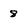
Character: 8